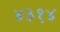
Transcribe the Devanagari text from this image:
४३१४